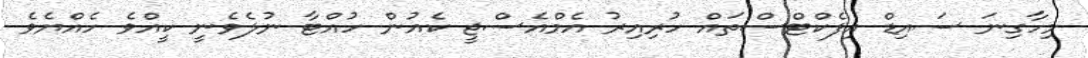
މިހާގިނަ ސައިޑް އިފެކްޓްސްތައް ހުރިއިރު އެމްއެސްޖީ ކެއުން ހުއްޓާ ނުލެވެނީ ކީއްވެ ހެއްޔެވެ